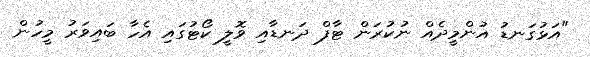
"އަޅުގަނޑު އުންމީދެއް ނުކުރަން ޓާފް ދަނޑާއި ވޮލީ ކޯޓުގައި އެހާ ބައިވަރު މީހުން